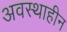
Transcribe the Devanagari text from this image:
अवस्थाहीन